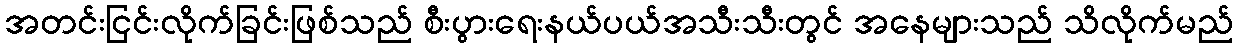
အတင်းငြင်းလိုက်ခြင်းဖြစ်သည် စီးပွားရေးနယ်ပယ်အသီးသီးတွင် အနေများသည် သိလိုက်မည်